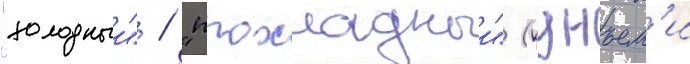
"холодныи" / "прохладныи" (кунъем'и